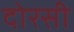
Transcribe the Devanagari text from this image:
दोरसी